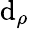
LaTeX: \mathrm{d}_{\rho}